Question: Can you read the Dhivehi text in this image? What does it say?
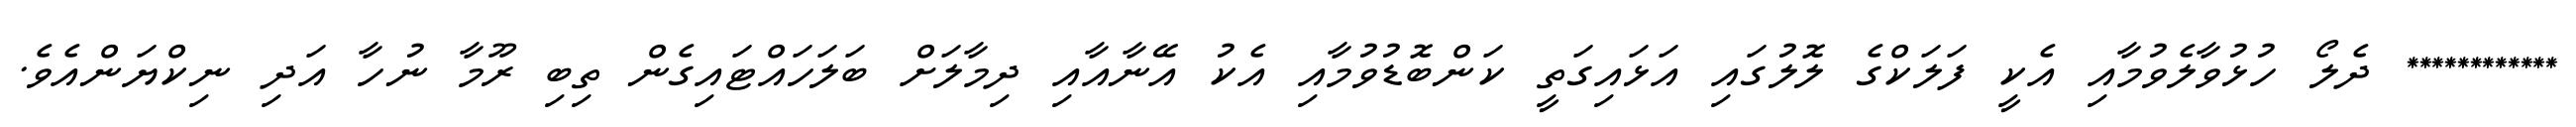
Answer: ************ ދެލޯ ހުޅުވާލެވުމާއި އެކީ ފަލަކްގެ ލޮލުގައި އަޅައިގަތީ ކަންބޮޑުވުމާއި އެކު އޭނާއާއި ދިމާލަށް ބަލަހައްޓައިގެން ތިބި ރޫމާ ނުހާ އަދި ނިކްޔަންއެވެ.